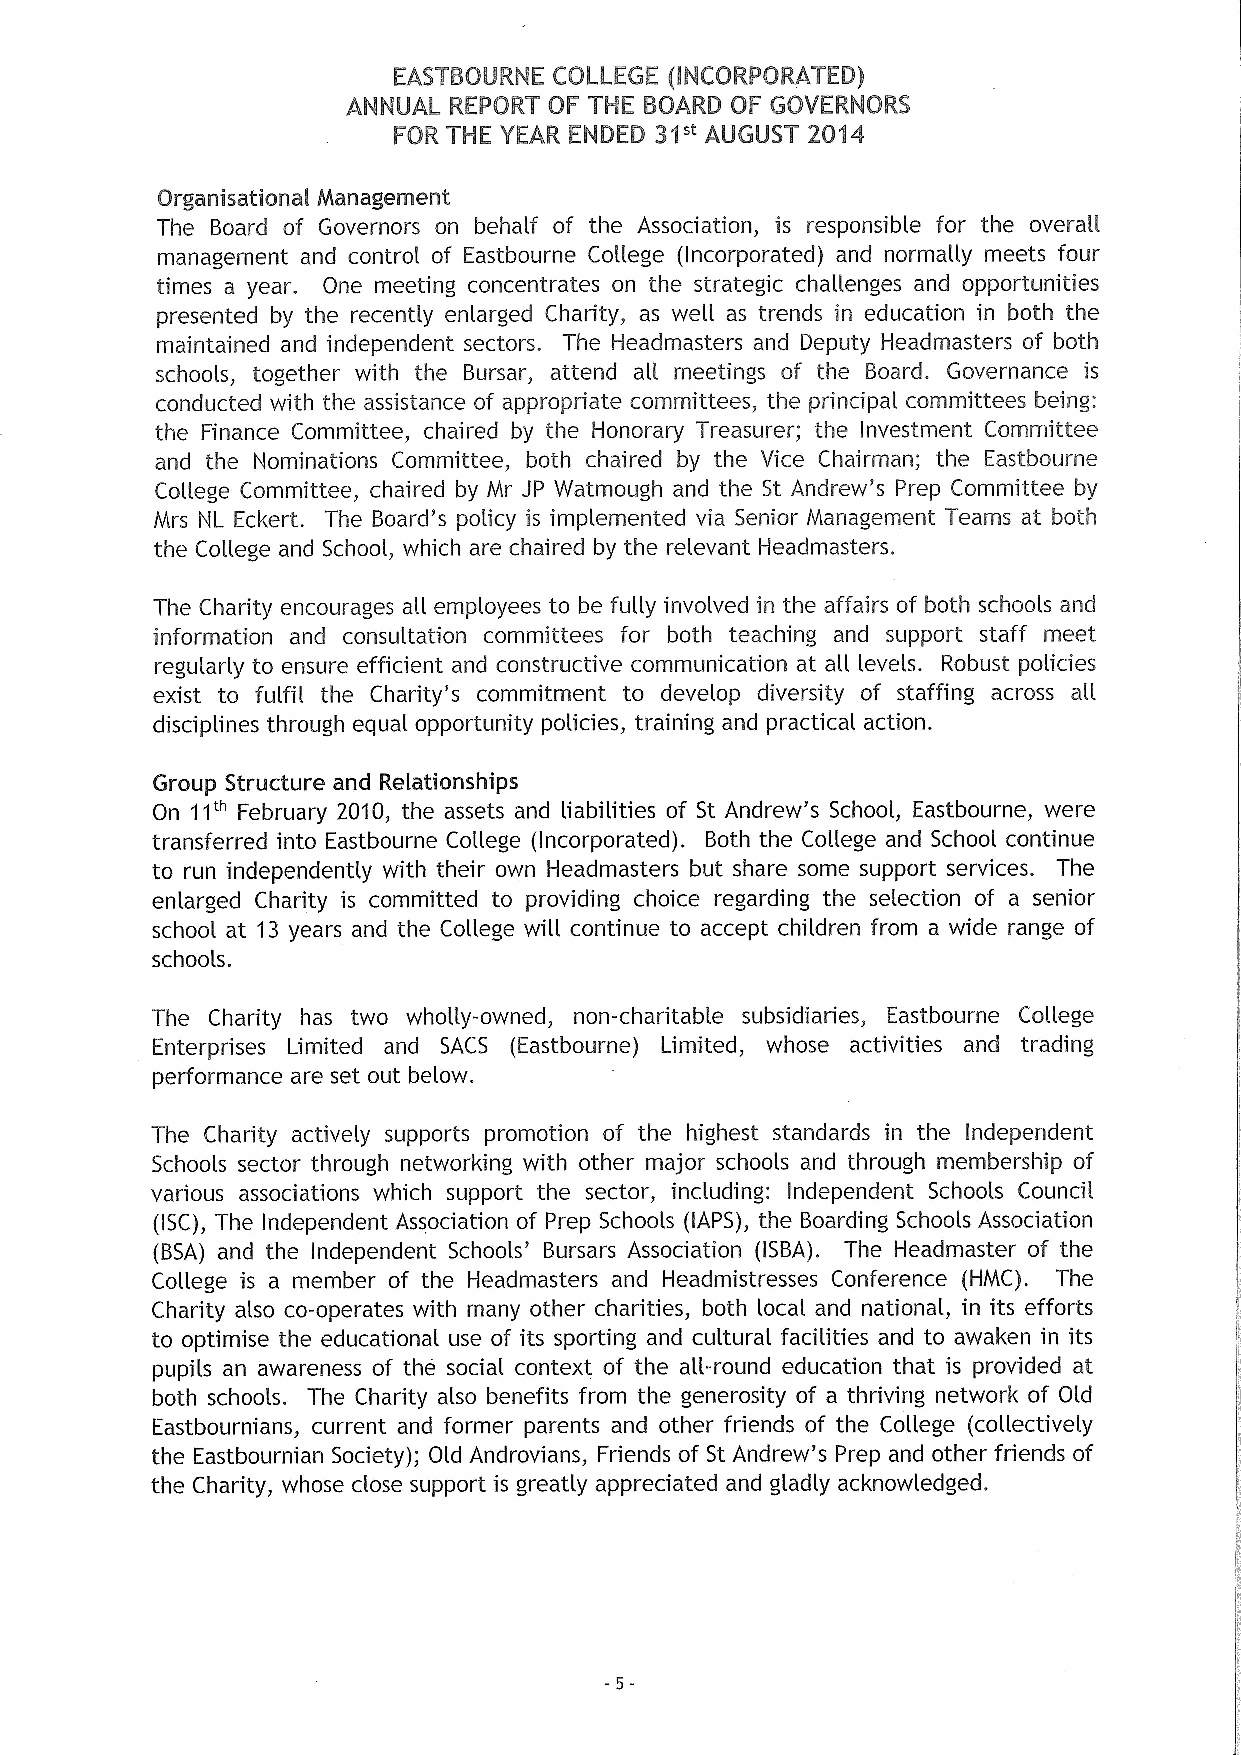
Organisational Management
 The Board of Governors on behalf of the Association, is responsible for the overall
 management and control of Eastbourne College (Incorporated) and normally meets four
 times a year. One meeting concentrates on the strategic challenges and opportunities
 presented by the recently enlarged Charity, as well as trends in education in both the
 maintained and independent sectors. The Headmasters and Deputy Headmasters of both
 schools, together with the Bursar, attend all meetings of the Board. Governance is
 conducted with the assistance of appropriate committees, the principal committees being;
 the Finance Committee, chaired by the Honorary Treasurer; the Investment Committee
 and the Nominations Committee, both chaired by the Vice Chairman; the Eastbourne
 College Committee, chaired by Mr JP Watmough and the St Andrew's Prep Committee by
 Mrs NL Eckert. The Board's policy is implemented via Senior Management Teams at both
 the College and School, which are chaired by the relevant Headmasters.
 The Charity encourages ail employees to be fully involved in the affairs of both schools and
 information and consultation committees for both teaching and support staff meet
 regularly to ensure efficient and constructive communication at all levels. Robust policies
 exist to fulfil the Charity's commitment to develop diversity of staffing across all
 disciplines through equal opportunity policies, training and practical action.
 Group Structure and Relationships
 On 11" February 2010, the assets and liabilities of St Andrew's School, Eastbourne, were
 transferred into Eastbourne College (Incorporated). Both the College and School continue
 to run independently with their own Headmasters but share some support services. The
 enlarged Charity is committed to providing choice regarding the selection of a senior
 school at 13 years and the College will continue to accept children from a wide range of
 schools.
 The Charity has two wholly-owned, non-charitable subsidiaries, Eastbourne College
 Enterprises Limited and SACS (Eastbourne) Limited, whose activities and trading
 performance are set out below.
 The Charity actively supports promotion of the highest standards in the Independent
 Schools sector through networking with other major schools and through membership of
 various associations which support the sector, including: Independent Schools Council
 (ISC), The Independent Association of Prep Schools (IAPS), the Boarding Schools Association
 (BSA) and the Independent Schools' Bursars Association (ISBA). The Headmaster of the
 College is a member of the Headmasters and Headmistresses Conference (HMC), The
 Charity also co-operates with many other charities, both local and national. , in its efforts
 to optimise the educational use of its sporting and cultural facilities and to awaken in its
 pupils an awareness of the social context of the all-round education that is provided at
 both schools. The Charity also benefits from the generosity of a thriving network of Old
 Eastbournians, current and former parents and other friends of the College (collectively
 the Eastbournian Society); Old Androvians, Friends of St Andrew's Prep and other friends of
 the Charity, whose close support is greatly appreciated and gladly acknowledged.